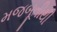
મજબૂતીથી